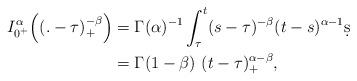
LaTeX: \begin{align*} I^\alpha_{0^+}\Bigl((.-\tau)_+^{-\beta}\Bigr)&=\Gamma(\alpha)^{-1}\int_\tau^t(s-\tau)^{-\beta}(t-s)^{\alpha-1}\d s\\ &=\Gamma(1-\beta) \ (t-\tau)_+^{\alpha-\beta},\end{align*}